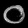
Digit: ၀